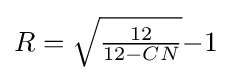
R={\sqrt {\tfrac {12}{12-CN}}}{-1}